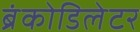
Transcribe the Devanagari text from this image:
ब्रंकोडिलेटर